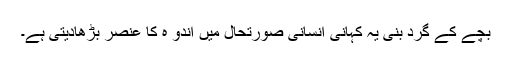
بچّے کے گرد بُنی یہ کہانی انسانی صورتحال میں اندو ہ کا عنصر بڑھادیتی ہے۔